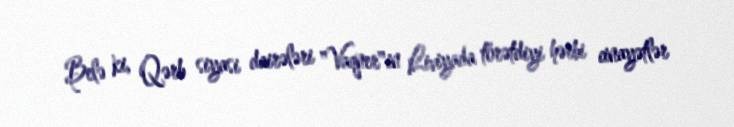
Belə ki, Qərb siyasi dairələri "Vaqner"in Liviyada törətdiyi hərbi cinayətlər